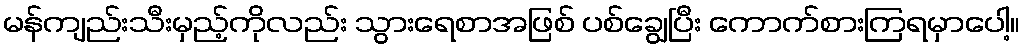
မန်ကျည်းသီးမှည့်ကိုလည်း သွားရေစာအဖြစ် ပစ်ချွေပြီး ကောက်စားကြရမှာပေါ့။